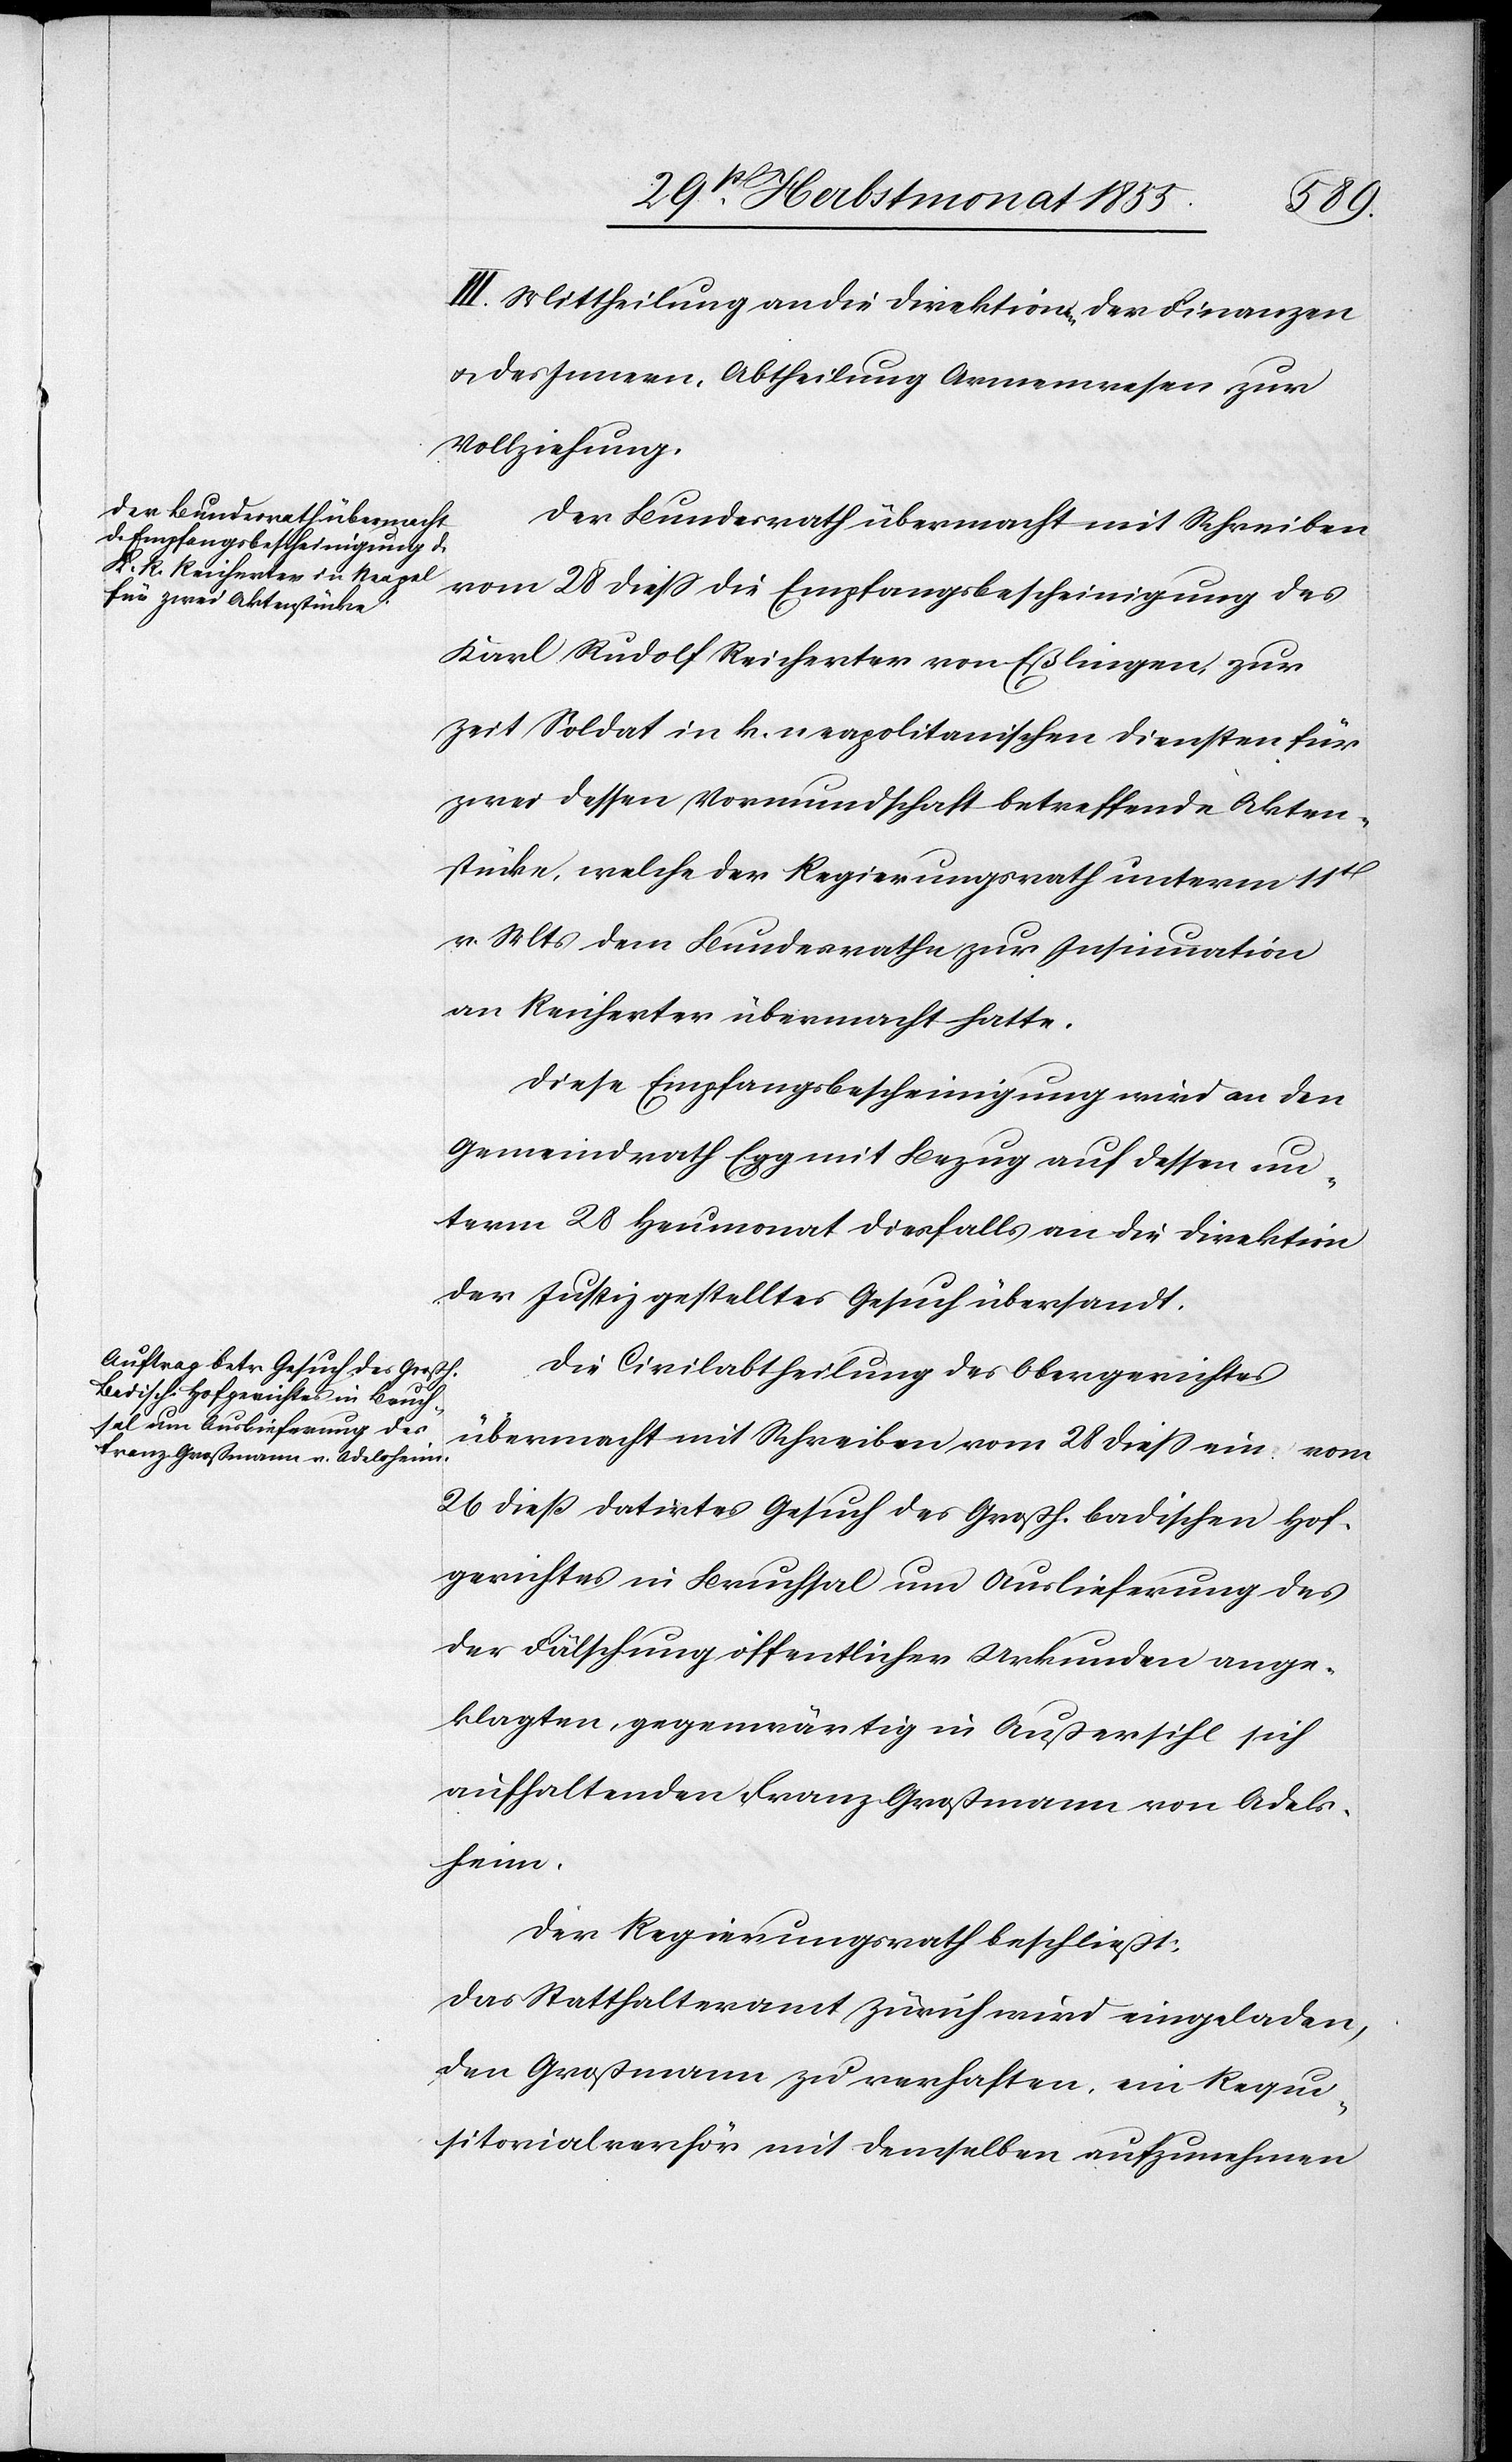
III. Mittheilung an die Direktionen der Finanzen
& des Innern, Abtheilung Armenwesen zur
Vollziehung.
Der Bundesrath übermacht mit Schreiben
vom 28 diess die Empfangsbescheinigung des
Karl Rudolf Reicherter von Eßlingen, zur
Zeit Soldat in k. neapolitanischen Diensten für
zwei dessen Vormundschaft betreffende Akten¬
stücke, welche der Regierungsrath unterm 11t
v. Mts dem Bundesrathe zur Insinuation
an Reicherter übermacht hatte.
Diese Empfangsbescheinigung wird an den
Gemeindrath Egg mit Bezug auf dessen un¬
term 28 Heumonat diesfalls an die Direktion
der Justiz gestelltes Gesuch übersandt.
Die Civilabtheilung des Obergerichtes
übermacht mit Schreiben vom 28 diess ein vom
26 dieß datirtes Gesuch des Großh. badischen Hof¬
gerichtes in Bruchsal um Auslieferung des
der Fälschung öffentlicher Urkunden ange¬
klagten, gegenwärtig in Außersihl sich
aufhaltenden Franz Großmann von Adels¬
heim.
Der Regierungsrath beschließt:
Das Statthalteramt Zürich wird eingeladen,
den Großmann zu verhaften, ein Requi¬
sitorialverhör mit demselben aufzunehmen